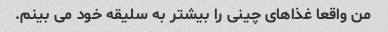
من واقعا غذاهای چینی را بیشتر به سلیقه خود می بینم.